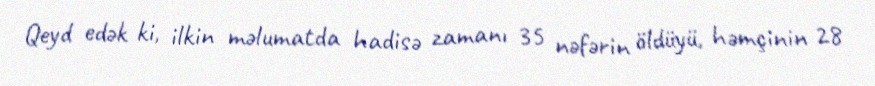
Qeyd edək ki, ilkin məlumatda hadisə zamanı 35 nəfərin öldüyü, həmçinin 28